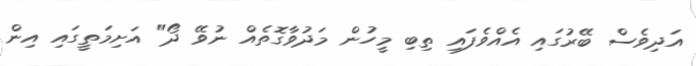
އަދިވެސް ބޭރުގައި އެއްވެފައި ތިބި މީހުން މަދުވާގޮތެއް ނުވޭ ދޯ" އަށިމަތީގައި އިން